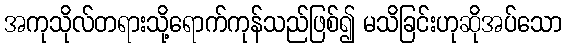
အကုသိုလ်တရားသို့ရောက်ကုန်သည်ဖြစ်၍ မသိခြင်းဟုဆိုအပ်သော